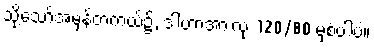
သို့သော်အမှန်တကယ်၌, ဒါဟာအားလုံး 120/80 မှစံပါပဲ။